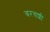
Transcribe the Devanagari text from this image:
बरचशी